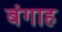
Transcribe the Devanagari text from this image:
बंगाह